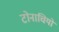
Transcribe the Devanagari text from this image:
टोनाचियो